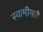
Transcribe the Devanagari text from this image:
स्वामीमलै